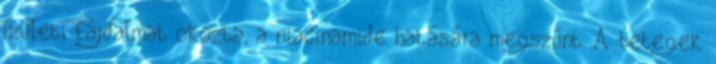
ízületi fájdalmat okozta, a niacinamide hatására megszűnt. A betegek